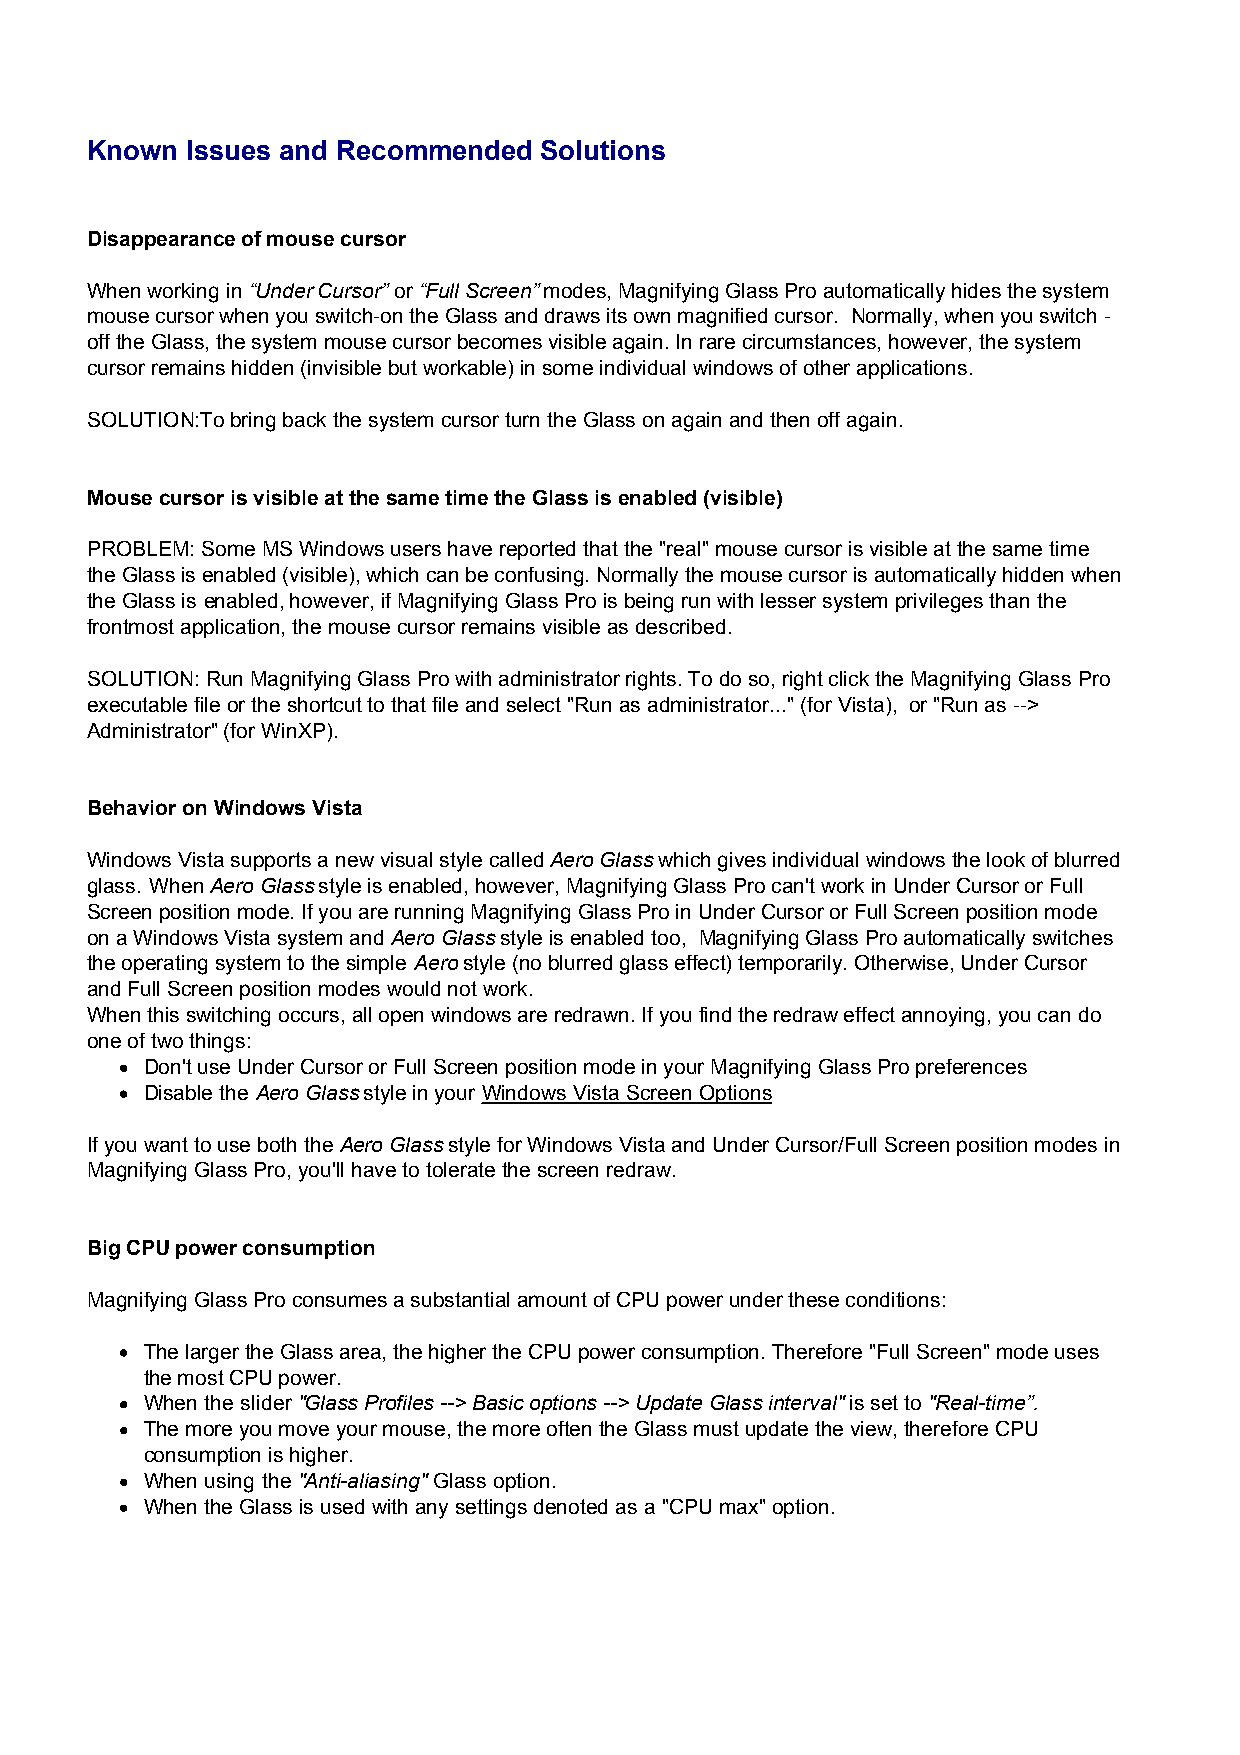
Known Issues and Recommended  Solutions
 Disappearance of mouse cursor
 When working in “Under Cursor” or “Full Screen” modes, Magnifying Glass Pro automatically hides the system
 mouse cursor when you switch-on the Glass and draws its own magnified cursor. Normally, when you switch -
 off the Glass, the system mouse cursor becomes visible again. In rare circumstances, however, the system
 cursor remains hidden (invisible but workable) in some individual windows of other applications.
 SOLUTION:To bring back the system cursor turn the Glass on again and then off again.
 Mouse cursor is visible at the same time the Glass is enabled (visible)
 PROBLEM: Some MS Windows users have reported that the "real" mouse cursor is visible at the same time
 the Glass is enabled (visible), which can be confusing. Normally the mouse cursor is automatically hidden when
 the Glass is enabled, however, if Magnifying Glass Pro is being run with lesser system privileges than the
 frontmost application, the mouse cursor remains visible as described.
 SOLUTION: Run Magnifying Glass Pro with administrator rights. To do so, right click the Magnifying Glass Pro
 executable file or the shortcut to that file and select "Run as administrator..." (for Vista), or "Run as -->
 Administrator" (for WinXP).
 Behavior on Windows Vista
 Windows Vista supports a new visual style called Aero Glass which gives individual windows the look of blurred
 glass. When Aero Glass style is enabled, however, Magnifying Glass Pro can't work in Under Cursor or Full
 Screen position mode. If you are running Magnifying Glass Pro in Under Cursor or Full Screen position mode
 on a Windows Vista system and Aero Glass style is enabled too, Magnifying Glass Pro automatically switches
 the operating system to the simple Aero style (no blurred glass effect) temporarily. Otherwise, Under Cursor
 and Full Screen position modes would not work.
 When this switching occurs, all open windows are redrawn. If you find the redraw effect annoying, you can do
 one of two things:
 Don't use Under Cursor or Full Screen position mode in your Magnifying Glass Pro preferences
 Disable the Aero Glass style in your Windows Vista Screen Options
 If you want to use both the Aero Glass style for Windows Vista and Under Cursor/Full Screen position modes in
 Magnifying Glass Pro, you'll have to tolerate the screen redraw.
 Big CPU power consumption
 Magnifying Glass Pro consumes a substantial amount of CPU power under these conditions:
 The larger the Glass area, the higher the CPU power consumption. Therefore "Full Screen" mode uses
 the most CPU power.
 When the slider "Glass Profiles --> Basic options --> Update Glass interval" is set to "Real-time”.
 The more you move your mouse, the more often the Glass must update the view, therefore CPU
 consumption is higher.
 When using the "Anti-aliasing" Glass option.
 When the Glass is used with any settings denoted as a "CPU max" option.